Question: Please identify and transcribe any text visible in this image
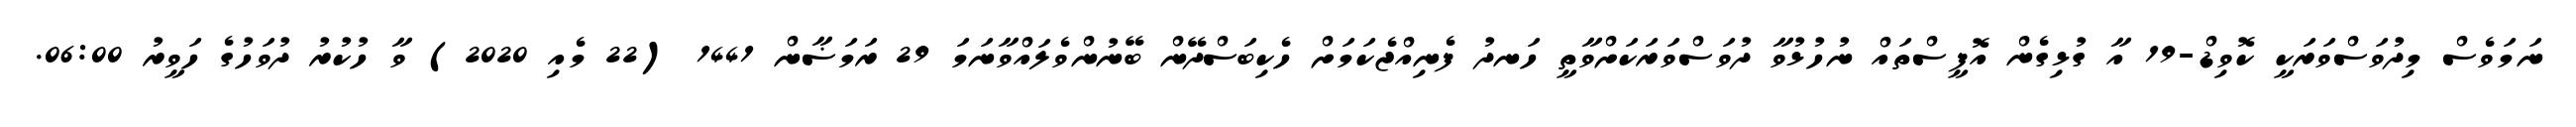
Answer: ނަމަވެސް މިދުވަސްވަރަކީ ކޮވިޑް-19 އާ ގުޅިގެން އޮފީސްތައް ނުހުޅުވާ ދުވަސްވަރަކަށްވާތީ ހަނދު ފެނިއްޖެކަމަށް ހެކިބަސްދޭން ބޭނުންވެލައްވާނަމަ 29 ރަމަޟާން 1441 (22 މެއި 2020) ވާ ހުކުރު ދުވަހުގެ ހަވީރު 06:00.